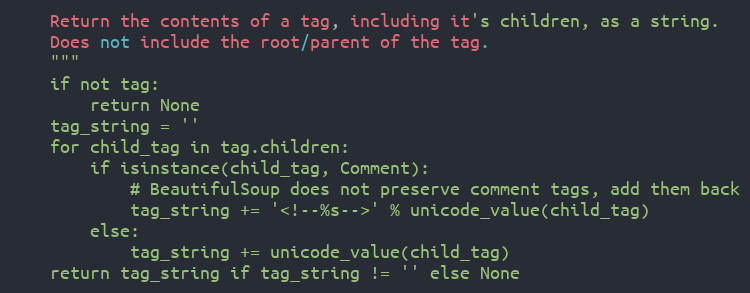
Language: Python
    Return the contents of a tag, including it's children, as a string.
    Does not include the root/parent of the tag.
    """
    if not tag:
        return None
    tag_string = ''
    for child_tag in tag.children:
        if isinstance(child_tag, Comment):
            # BeautifulSoup does not preserve comment tags, add them back
            tag_string += '<!--%s-->' % unicode_value(child_tag)
        else:
            tag_string += unicode_value(child_tag)
    return tag_string if tag_string != '' else None